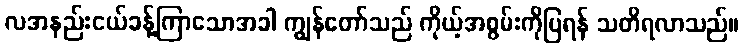
လအနည်းငယ်ခန့်ကြာသောအခါ ကျွန်တော်သည် ကိုယ့်အစွမ်းကိုပြရန် သတိရလာသည်။